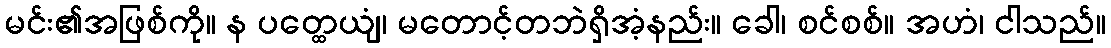
မင်း၏အဖြစ်ကို။ န ပတ္ထေယျံ၊ မတောင့်တဘဲရှိအံ့နည်း။ ခေါ၊ စင်စစ်။ အဟံ၊ ငါသည်။